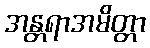
အန္တရာအမိတ္တာ